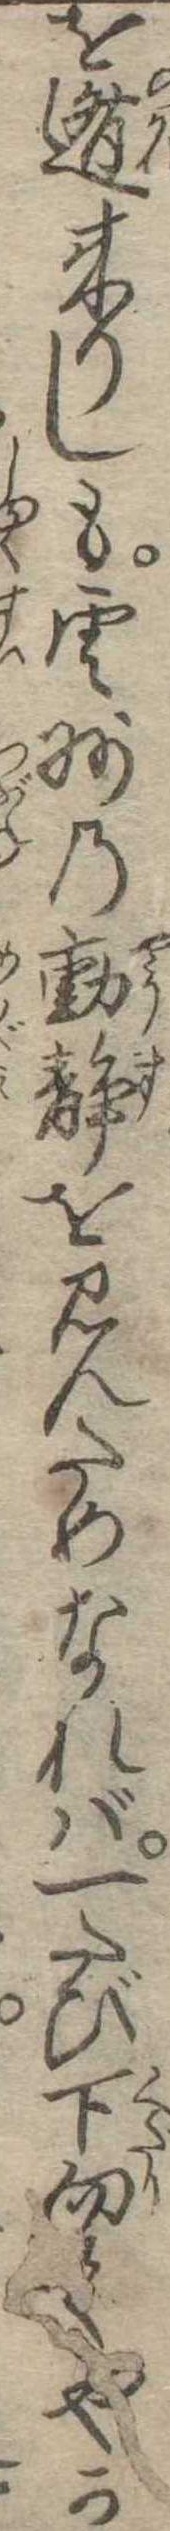
を遁来りしも雲州の動静を見んためなれば一たび下向てやが